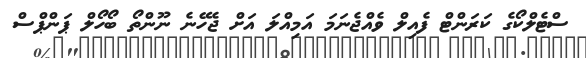
ސްޓެލްކޯގެ ކަރަންޓް ފެއިލް ވެއްޖެނަމަ އަމިއްލަ އަށް ޖެހޭނެ ނޫންތޯ ބޯހޯލް ޕަންޕްސް